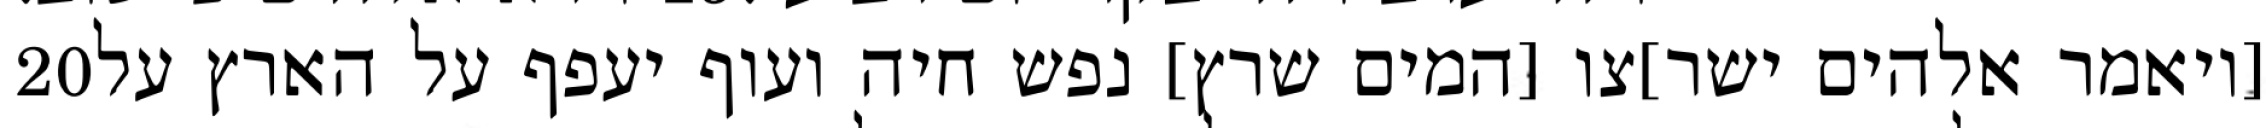
‎20‏ [ויאמר אלהים ישר]צו [המים שרץ] נפש חיה ועוף יעפף על הארץ על